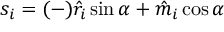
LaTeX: s _ { i } = ( - ) \hat { r } _ { i } \sin \alpha + \hat { m } _ { i } \cos \alpha